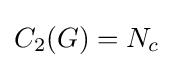
C_{2}(G)=N_{c}